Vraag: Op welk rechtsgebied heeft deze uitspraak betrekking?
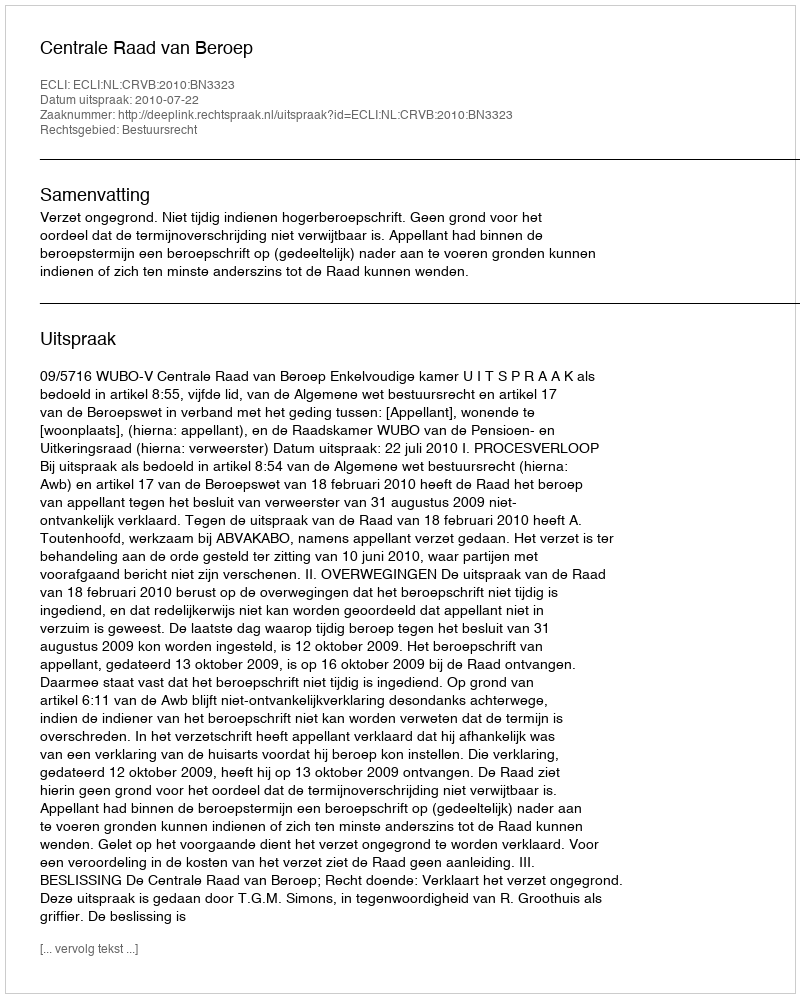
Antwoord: Bestuursrecht